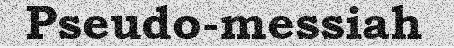
Pseudo-messiah